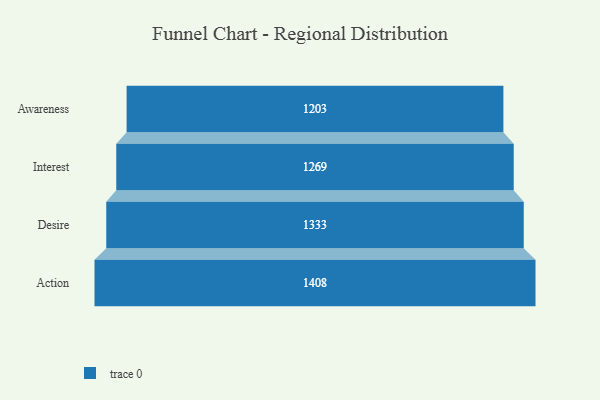
{"axis": {"x": "Stage", "y": "Value"}, "legend": [""], "data": [{"x": "Awareness", "y": 1203.0, "type": ""}, {"x": "Interest", "y": 1269.0, "type": ""}, {"x": "Desire", "y": 1333.0, "type": ""}, {"x": "Action", "y": 1408.0, "type": ""}]}